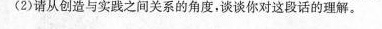
(2)请从创造与实践之间关系的角度，谈谈你对这段话的理解。